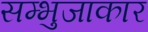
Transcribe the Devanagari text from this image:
सम्भुजाकार